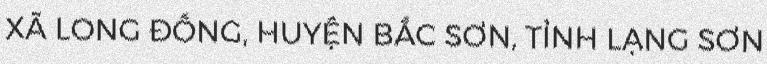
XÃ LONG ĐỐNG, HUYỆN BẮC SƠN, TỈNH LẠNG SƠN